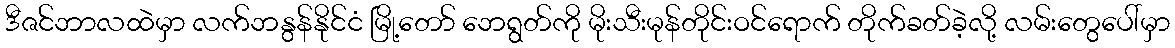
ဒီဇင်ဘာလထဲမှာ လက်ဘနွန်နိုင်ငံ မြို့တော် ဘေရွတ်ကို မိုးသီးမုန်တိုင်းဝင်ရောက် တိုက်ခတ်ခဲ့လို့ လမ်းတွေပေါ်မှာ